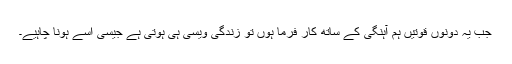
جب یہ دونوں قوتیں ہم آہنگی کے ساتھ کار فرما ہوں تو زندگی ویسی ہی ہوتی ہے جیسی اسے ہونا چاہیے۔